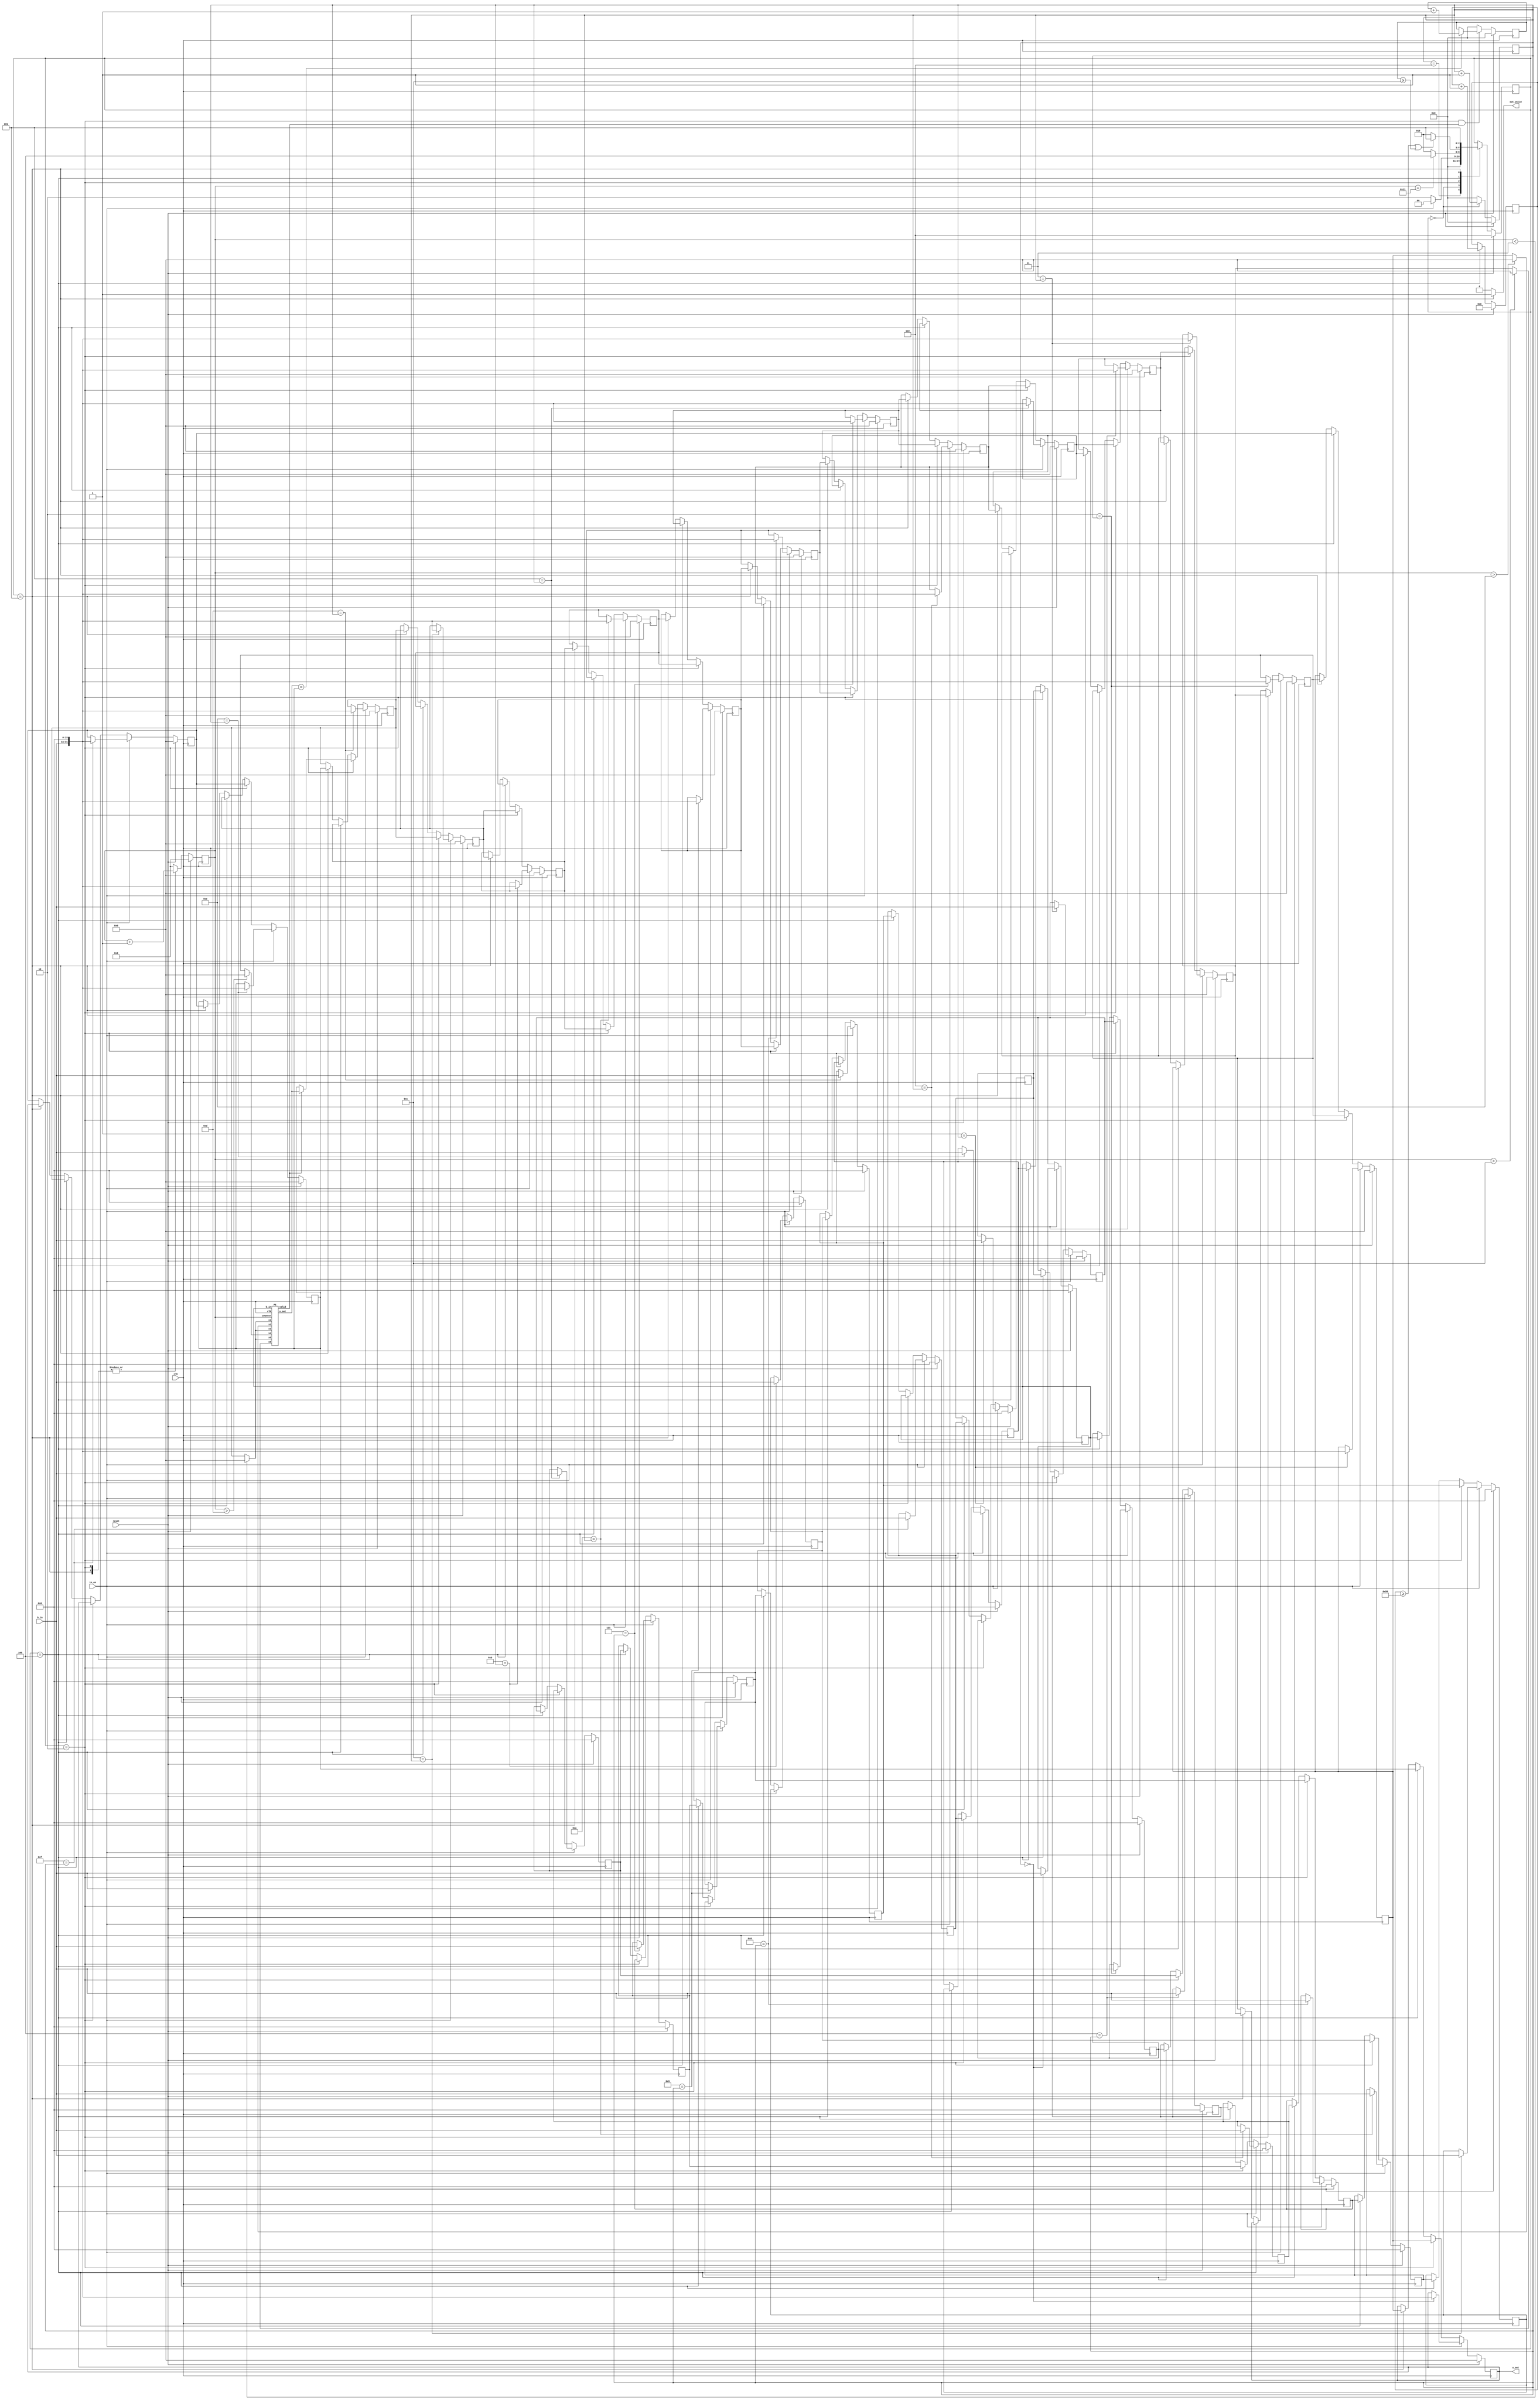
`timescale 1ns/10ps
module GSIM ( clk, reset, in_en, b_in, out_valid, x_out);
input   clk ;
input   reset ;
input   in_en;
output  out_valid;
input signed  [15:0]  b_in;
output  [31:0]  x_out;


parameter ITERATION  = 80;

parameter state_INPUT = 3'd0;
parameter state_PE    = 3'd2;
parameter state_XDONE = 3'd4;
parameter state_OUTPUT= 3'd5;
parameter state_IDLE  = 3'd6;

//--------------------------------------
// reg/net declaration
//--------------------------------------
reg [2:0] state, nxt_state;
reg signed [31:0] x     [0:15];
reg signed [31:0] nxt_x [0:15];
reg [4:0] counter, nxt_counter;
integer i;
reg signed [15:0] b     [0:15];
reg signed [15:0] nxt_b [0:15];
reg [3:0] b_addr, nxt_b_addr;
reg [6:0] iter, nxt_iter;
wire signed [31:0] x_result;
wire PE_valid;
reg [3:0] check, nxt_check;
//--------------------------------------
// Finite State Machine
//--------------------------------------
always @(*) begin
    case (state)
        state_IDLE  : nxt_state = state_INPUT;
        state_INPUT : nxt_state = (in_en) ? state_INPUT: state_PE;
        state_PE    : nxt_state = (counter == 5'd17)? state_XDONE: state_PE;
        state_XDONE : nxt_state = (iter >= ITERATION || check >= 4'd12)? state_OUTPUT: state_PE;
        state_OUTPUT: nxt_state = state_OUTPUT;
        default     : nxt_state = state;
    endcase
end
always @(posedge clk) begin
    if(reset)
        state <= state_IDLE;
    else
        state <= nxt_state;
end
//--------------------------------------
// Input b values
//--------------------------------------
always @(*) begin
    case (state)
        state_INPUT: nxt_b_addr = b_addr+1; 
        default: nxt_b_addr = 0;
    endcase
end
always @(posedge clk) begin
    if (reset) begin
        b_addr <= 0;
    end
    else begin
        b_addr <= nxt_b_addr;
    end
end

always @(*) begin
    if (in_en) begin
        for (i = 0;i < 16 ; i = i +1) begin
                nxt_b[i] = (i == b_addr)? b_in: b[i];
        end
    end
    else if (state == state_PE)begin
            nxt_b[15] = b[0];
            for (i = 0;i < 15 ; i = i +1) begin
                nxt_b[i] = b[i+1];
            end
    end
    else if (state == state_XDONE)begin
            nxt_b[0] = b[14];
            nxt_b[1] = b[15];
            for (i = 2; i < 16 ; i = i +1) begin
                nxt_b[i] = b[i-2];
            end
    end
    else begin
        for (i = 0;i < 16 ; i = i +1) begin
            nxt_b[i] = b[i];
        end
    end
end
always @(posedge clk) begin
    if (reset) begin
        for (i = 0;i < 16 ; i = i +1) begin
            b[i] <= 0;
        end
    end
    else begin
        for (i = 0;i < 16 ; i = i +1) begin
            b[i] <= nxt_b[i];
        end
    end
end
//--------------------------------------
// initialize & update x values
//--------------------------------------
always @(*) begin
    if (in_en) begin
        for (i = 0;i < 16 ; i = i +1) begin
            nxt_x[i] = (i == b_addr)? {b_in, 16'b0}: x[i];
        end
    end
    else if (state == state_PE)begin
            nxt_x[15] = x[0];
            for (i = 0;i < 15 ; i = i +1) begin
                nxt_x[i] = x[i+1];
            end
            nxt_x[13] = (PE_valid)? x_result: x[14];
    end
    else if (state == state_XDONE)begin
            nxt_x[0] = x[14];
            nxt_x[1] = x[15];
            for (i = 2; i < 16 ; i = i +1) begin
                nxt_x[i] = x[i-2];
            end
    end
    else if (state == state_OUTPUT)begin
            nxt_x[15] = x[0];
            for (i = 0;i < 15 ; i = i +1) begin
                nxt_x[i] = x[i+1];
            end
    end
    else begin
        for (i = 0;i < 16 ; i = i +1) begin
            nxt_x[i] = x[i];
        end
    end
end
always @(posedge clk) begin
    if (reset) begin
        for (i =0 ; i < 16; i = i + 1) begin
            x[i] <= 0;
        end
    end
    else begin
        for (i =0 ; i < 16; i = i + 1) begin
            x[i] <= nxt_x[i];
        end
    end
end
//--------------------------------------
// Address of x
//--------------------------------------
always @(*) begin
    case (state) 
        state_PE: nxt_counter = counter + 1'b1;
        state_OUTPUT: nxt_counter = counter + 1'b1;
        default: nxt_counter = 0;
    endcase
end
always @(posedge clk) begin
    if (reset) begin
        counter <= 0;
    end
    else begin
        counter <= nxt_counter;
    end
end
//--------------------------------------
// Processing x values
//--------------------------------------
wire signed [31:0] x1, x2, x3, x4, x5, x6;
//--------------------------------------
assign x1 = (counter < 5'd3 ) ? 32'b0: x[13];
assign x2 = (counter > 5'd14) ? 32'b0: x[ 1];
assign x3 = (counter < 5'd3 ) ? 32'b0: x[13];
assign x4 = (counter > 5'd13) ? 32'b0: x[ 2];
assign x5 = (counter < 5'd3 ) ? 32'b0: x[13];
assign x6 = (counter > 5'd12) ? 32'b0: x[ 3];
assign PE_en = (state == state_PE)? 1'b1: 1'b0;
PE PE0( .clk(clk),
        .x1(x1), .x2(x2), .x3(x3), .x4(x4), .x5(x5), .x6(x6),
        .b_in(b[0]),
        .x_out(x_result),
        .valid(PE_valid),
        .counter(counter)
);
//--------------------------------------
// iterate counter
//--------------------------------------
always @(*) begin
    case (state)
        state_XDONE: begin // increase iteration counter
            nxt_iter = iter + 1'b1;
        end
        default: nxt_iter = iter;
    endcase
end
always @(posedge clk) begin
    if (reset) begin
        iter <= 0;
    end
    else begin
        iter <= nxt_iter;
    end
end
//--------------------------------------
// check error
//--------------------------------------
always @(*) begin
    if (state == state_PE && PE_valid) begin
        nxt_check = (x_result == x[14]) ? check + 1'b1: check;
    end
    else begin
        nxt_check = 0;
    end
end
always @(posedge clk) begin
    if (reset) begin
        check <= 0;
    end
    else begin
        check <= nxt_check;
    end
end
//--------------------------------------
// output x values
//--------------------------------------
assign x_out = x[0];
assign out_valid = (state == state_OUTPUT)? 1'b1: 1'b0;
endmodule

//--------------------------------------
// Processing Element
//--------------------------------------
module PE ( clk, x1, x2, x3, x4, x5, x6, b_in, x_out, valid, counter);
    input clk;
    input signed [31:0] x1, x2, x3, x4, x5, x6;
    input signed [15:0] b_in;
    input [4:0] counter;
    output signed [31:0] x_out;
    output valid;
    //--------------------------------------
    // reg/net declaration
    //--------------------------------------
    wire signed [35:0] mul13_1;
    wire signed [34:0] mul6_1;
    wire signed [36:0] add_2;
    wire signed [33:0] add_3;
    wire signed [34:0] mul6_2;
    wire signed [35:0] mul13_2;
    wire signed [39:0] add_6;
    wire signed [31:0] nxt_divide_20;

    reg signed [37:0] add_4, nxt_add_4;
    reg signed [38:0] add_5, nxt_add_5;
    reg signed [31:0] divide_20;
    //--------------------------------------
    assign x_out = nxt_divide_20;
    assign valid = (counter >= 2)? 1'b1: 1'b0;

    assign mul13_1   = {x2[31], x2, 3'b0} + {{2{x2[31]}}, x2, 2'b0}+ {{4{x2[31]}}, x2};
    assign mul6_1    = {x4[31], x4, 2'b0} + {{2{x4[31]}}, x4, 1'b0};
    assign add_2     = mul13_1 - mul6_1;
    assign add_3     = x6 + $signed({b_in, 16'b0}) + x5;
    assign mul6_2    = {x3[31], x3, 2'b0} + {{2{x3[31]}}, x3, 1'b0};
    assign mul13_2   = {x1[31], x1, 3'b0} + {{2{x1[31]}}, x1, 2'b0}+ {{4{x1[31]}}, x1};
    assign add_6     = add_5 + mul13_2;
    
    divide_by20 div17(.in_div(add_6), .res(nxt_divide_20));
    //--------------------------------------
    // counter
    //--------------------------------------
    always @(*) begin
        nxt_add_4 = add_2 + add_3;
        nxt_add_5 = add_4 - mul6_2;
    end
    always @(posedge clk) begin
            add_4 <= nxt_add_4;
            add_5 <= nxt_add_5;
            divide_20 <= nxt_divide_20;
    end
endmodule
module divide_by20(in_div, res);
    input signed [39:0] in_div;
    output signed [31:0] res;
    parameter ACCU = 44;
    wire signed [ACCU : 0] tmp;
    wire signed [ACCU : 0] tmp0 [0:7];
    wire signed [ACCU : 0] tmp1 [0:3];
    wire signed [ACCU : 0] tmp2 [0:1];
    wire signed [ACCU : 0] tmp3;
    assign tmp = in_div <<< (ACCU - 39);
    
    assign tmp0[0] = {{ 5{tmp[ACCU]}}, tmp[ACCU: 5]}+  {{ 6{tmp[ACCU]}}, tmp[ACCU: 6]};
    assign tmp0[1] = {{ 9{tmp[ACCU]}}, tmp[ACCU: 9]}+  {{10{tmp[ACCU]}}, tmp[ACCU:10]};
    assign tmp0[2] = {{13{tmp[ACCU]}}, tmp[ACCU:13]}+  {{14{tmp[ACCU]}}, tmp[ACCU:14]};
    assign tmp0[3] = {{17{tmp[ACCU]}}, tmp[ACCU:17]}+  {{18{tmp[ACCU]}}, tmp[ACCU:18]};
    assign tmp0[4] = {{21{tmp[ACCU]}}, tmp[ACCU:21]}+  {{22{tmp[ACCU]}}, tmp[ACCU:22]};
    assign tmp0[5] = {{25{tmp[ACCU]}}, tmp[ACCU:25]}+  {{26{tmp[ACCU]}}, tmp[ACCU:26]};
    assign tmp0[6] = {{29{tmp[ACCU]}}, tmp[ACCU:29]}+  {{30{tmp[ACCU]}}, tmp[ACCU:30]};
    assign tmp0[7] = {{33{tmp[ACCU]}}, tmp[ACCU:33]}+  {{34{tmp[ACCU]}}, tmp[ACCU:34]};

    assign tmp1[0] = tmp0[0] + tmp0[1];
    assign tmp1[1] = tmp0[2] + tmp0[3];
    assign tmp1[2] = tmp0[4] + tmp0[5];
    assign tmp1[3] = tmp0[6] + tmp0[7];

    assign tmp2[0] = tmp1[0] + tmp1[1];
    assign tmp2[1] = tmp1[2] + tmp1[3];

    assign tmp3 = tmp2[0] + tmp2[1];
    assign res = tmp3[ACCU-8:ACCU-39];
endmodule
//0.0000110011001100110011001100110011
// module divide_by20 (in_div, res);
//     input signed [39:0] in_div;
//     output signed [31:0] res;
//     wire signed [32:0] zero_05;
//     wire signed [72:0] tmp;
//     assign zero_05 = 33'b000011001100110011001100110011001; //This is 0.05 in fixed point
//     assign tmp = in_div * zero_05;
//     assign res = tmp[64:33];
// endmodule